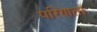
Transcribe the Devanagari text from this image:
परिणता